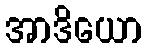
အာဒိယော